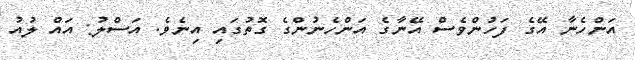
އަންހެނާ އޭގެ ފަހުންވެސް އޭނާގެ އަންހެނުންގެ ގޮތުގައި އިނެވެ. އަސްލު: އައް ލުއު